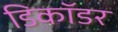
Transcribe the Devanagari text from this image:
डिकॉडर